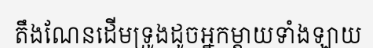
តឹងណែនដើមទ្រូងដូចអ្នកម្តាយទាំងឡាយ